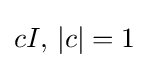
cI,\,|c|=1